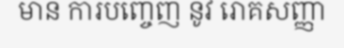
មាន ការបញ្ចេញ នូវ រោគសញ្ញា